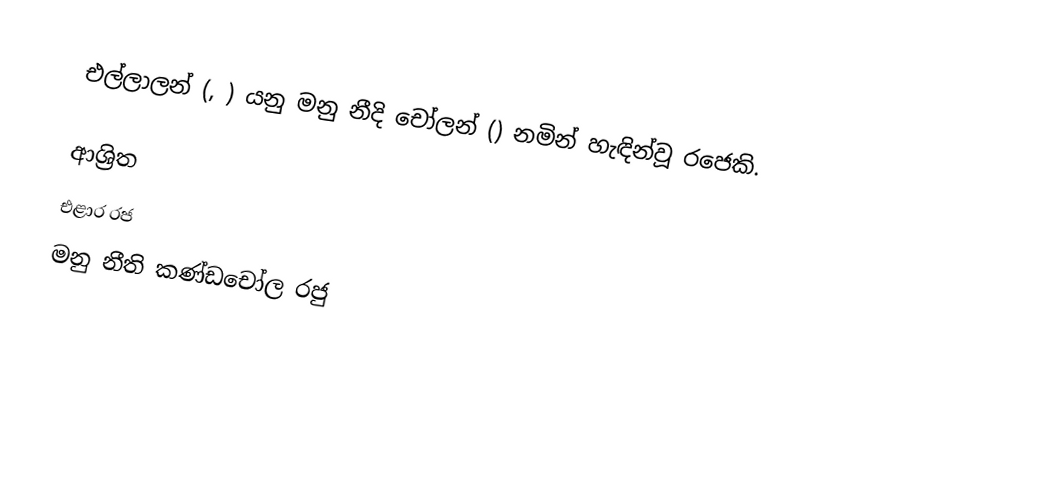
එල්ලාලන් (, ) යනු මනු නීදි චෝලන් () නමින් හැඳින්වූ රජෙකි.

ආශ්‍රිත
 එළාර රජ
 මනු නීති කණ්‌ඩචෝල රජු